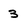
Character: 3